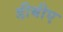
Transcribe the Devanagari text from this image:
डीबीए